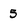
Character: 5